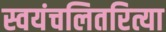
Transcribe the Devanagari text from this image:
स्वयंचलितरित्या